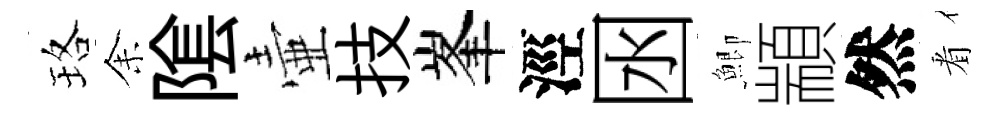
珞𪜬隂壷技峯涇囦鯽顓然㸔